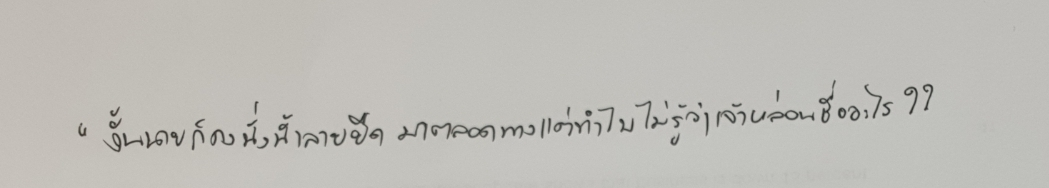
"งั้นนายก็คงนั่งน้ำลายยืดมาตลอดทางแต่ทำไมไม่รู้ว่าเจ้าหล่อนชื่ออะไร??